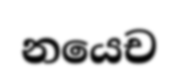
නයෙච